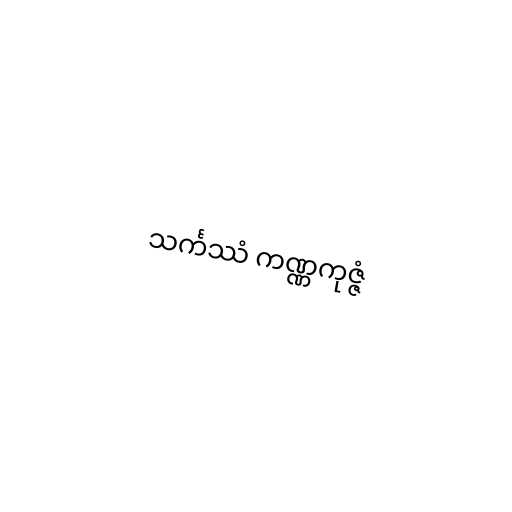
သင်္ကဿံ ကဏ္ဏကုဇ္ဇံ